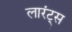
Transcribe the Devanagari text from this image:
लारंट्स